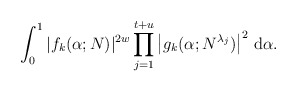
\begin{align*}\int_0^1 |f_k(\alpha; N)|^{2w}\prod_{j=1}^{t+u}\left| g_k (\alpha;N^{\lambda_j})\right|^2 \, {\rm d}\alpha .\end{align*}